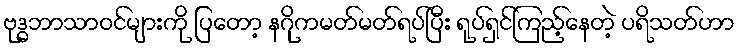
ဗုဒ္ဓဘာသာဝင်များကို ပြတော့ နဂိုကမတ်မတ်ရပ်ပြီး ရုပ်ရှင်ကြည့်နေတဲ့ ပရိသတ်ဟာ